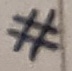
Text: #